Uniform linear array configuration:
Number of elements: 24
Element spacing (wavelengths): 1
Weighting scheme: uniform
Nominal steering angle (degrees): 15
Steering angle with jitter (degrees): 15.074
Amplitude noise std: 0.05
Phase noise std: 0.05

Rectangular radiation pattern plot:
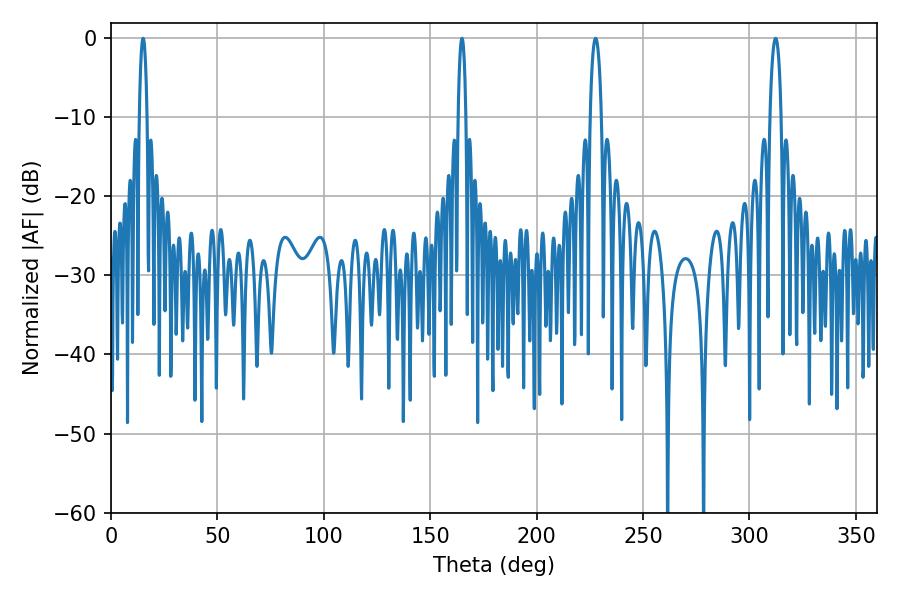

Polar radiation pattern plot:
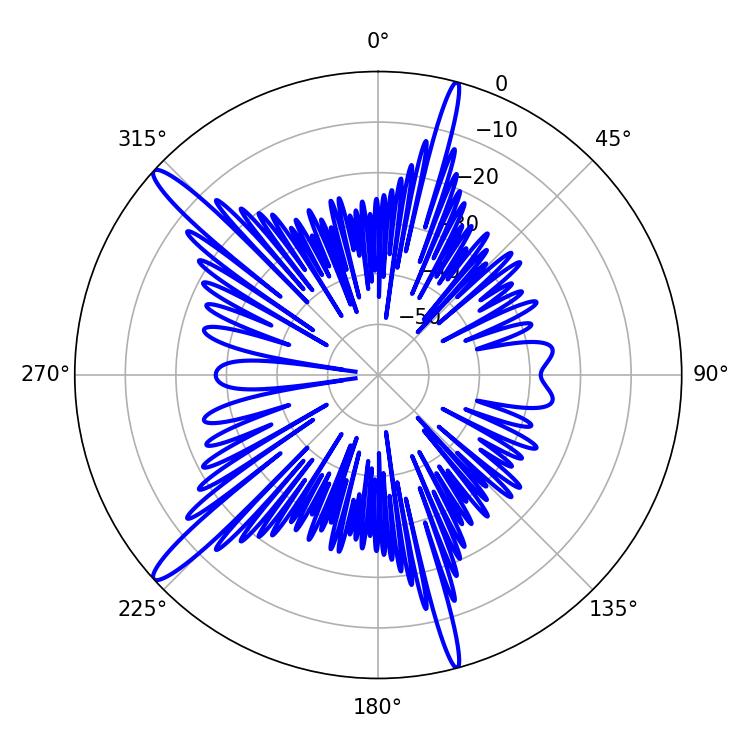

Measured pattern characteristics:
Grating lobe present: TRUE
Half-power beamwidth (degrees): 2.88
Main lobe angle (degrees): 227.7